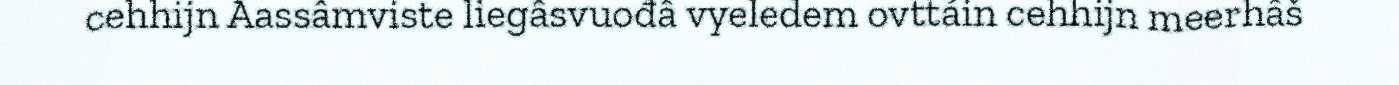
cehhijn Aassâmviste liegâsvuođâ vyeledem ovttáin cehhijn meerhâš